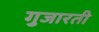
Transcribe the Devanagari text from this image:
गुजारती